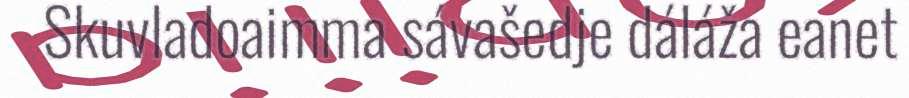
Skuvladoaimma sávašedje dáláža eanet